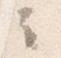
云